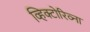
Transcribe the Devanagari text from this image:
व्हिक्टोरिव्ना